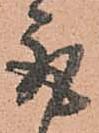
取